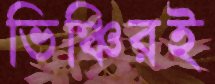
ভিঞ্চিরই